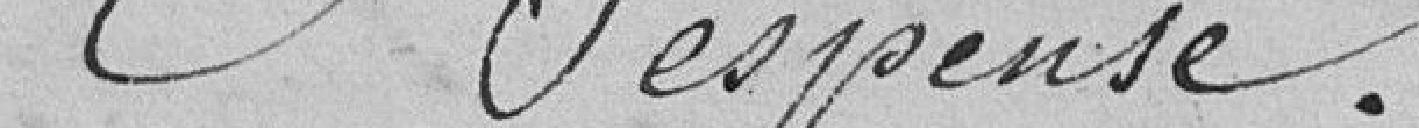
Dépense